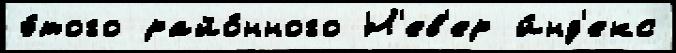
э́того райо́нного Н'ев'ер и́нд'екс